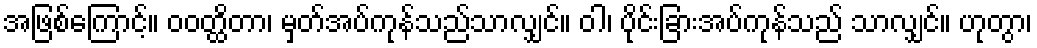
အဖြစ်ကြောင့်။ ဝဝတ္ထိတာ၊ မှတ်အပ်ကုန်သည်သာလျှင်။ ဝါ၊ ပိုင်းခြားအပ်ကုန်သည် သာလျှင်။ ဟုတွာ၊